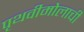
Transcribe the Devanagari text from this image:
पृथवीमोलाची